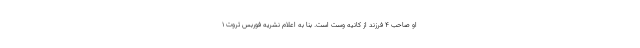
او صاحب 4 فرزند از کانیه وست است. بنا به اعلام نشریه فوربس ثروت 1